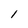
Character: I